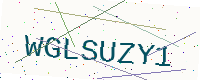
Text: WGLSUZY1